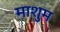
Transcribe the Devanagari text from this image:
माशुम